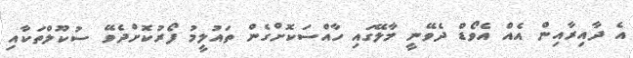
އެ ދާއިރާއިން އެއް އެވޯޑް ދެވޭނީ މާލޭގައި ހާއްސަކޮށްގެން ތައުލީމު ފޯރުކޮށްދެވޭ ސުކޫލްތަކާއި